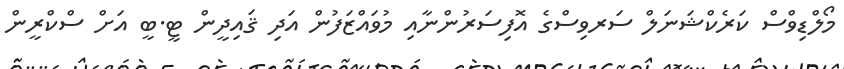
މޯލްޑިވްސް ކަރެކްޝަނަލް ސަރވިސްގެ އޮފިސަރުންނާއި މުވައްޒަފުން އަދި ޤައިދީން ޓީ.ބީ އަށް ސްކްރީން